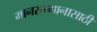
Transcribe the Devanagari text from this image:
मानसन्मानासाठी